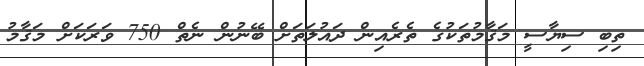
ތިބި ސިޔާސީ މަޤާމުތަކުގެ ތެރެއިން ދައުލަތަށް ބޭނުން ނެތް 750 ވަރަކަށް މަޤާމު